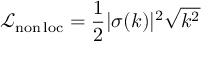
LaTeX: \mathcal { L } _ { \mathrm { n o n \, l o c } } = { \frac { 1 } { 2 } } | \sigma ( k ) | ^ { 2 } \sqrt { k ^ { 2 } }